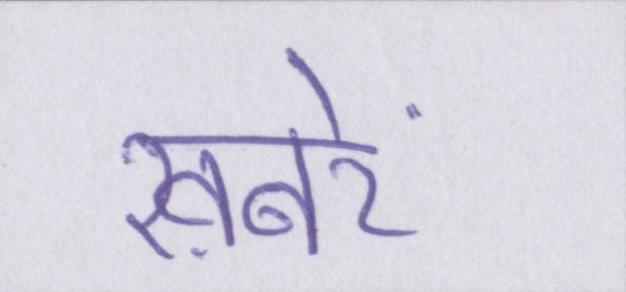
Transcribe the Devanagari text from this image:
ख़बरें